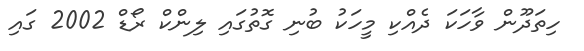
ހިތަދޫން ވާހަކަ ދެއްކި މީހަކު ބުނި ގޮތުގައި ލިންކް ރޯޑް 2002 ގައި